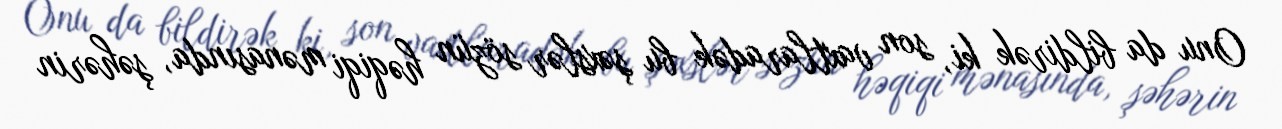
Onu da bildirək ki, son vaxtlaradək bu şəxslər sözün həqiqi mənasında, şəhərin